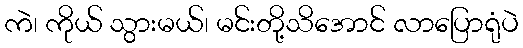
ကဲ၊ ကိုယ် သွားမယ်၊ မင်းတို့သိအောင် လာပြောရုံပဲ